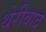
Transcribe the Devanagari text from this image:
थेरीवाद